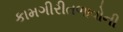
કામગીરીતળાવોની